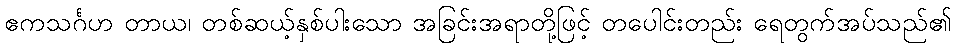
ဧကသင်္ဂဟ တာယ၊ တစ်ဆယ့်နှစ်ပါးသော အခြင်းအရာတို့ဖြင့် တပေါင်းတည်း ရေတွက်အပ်သည်၏